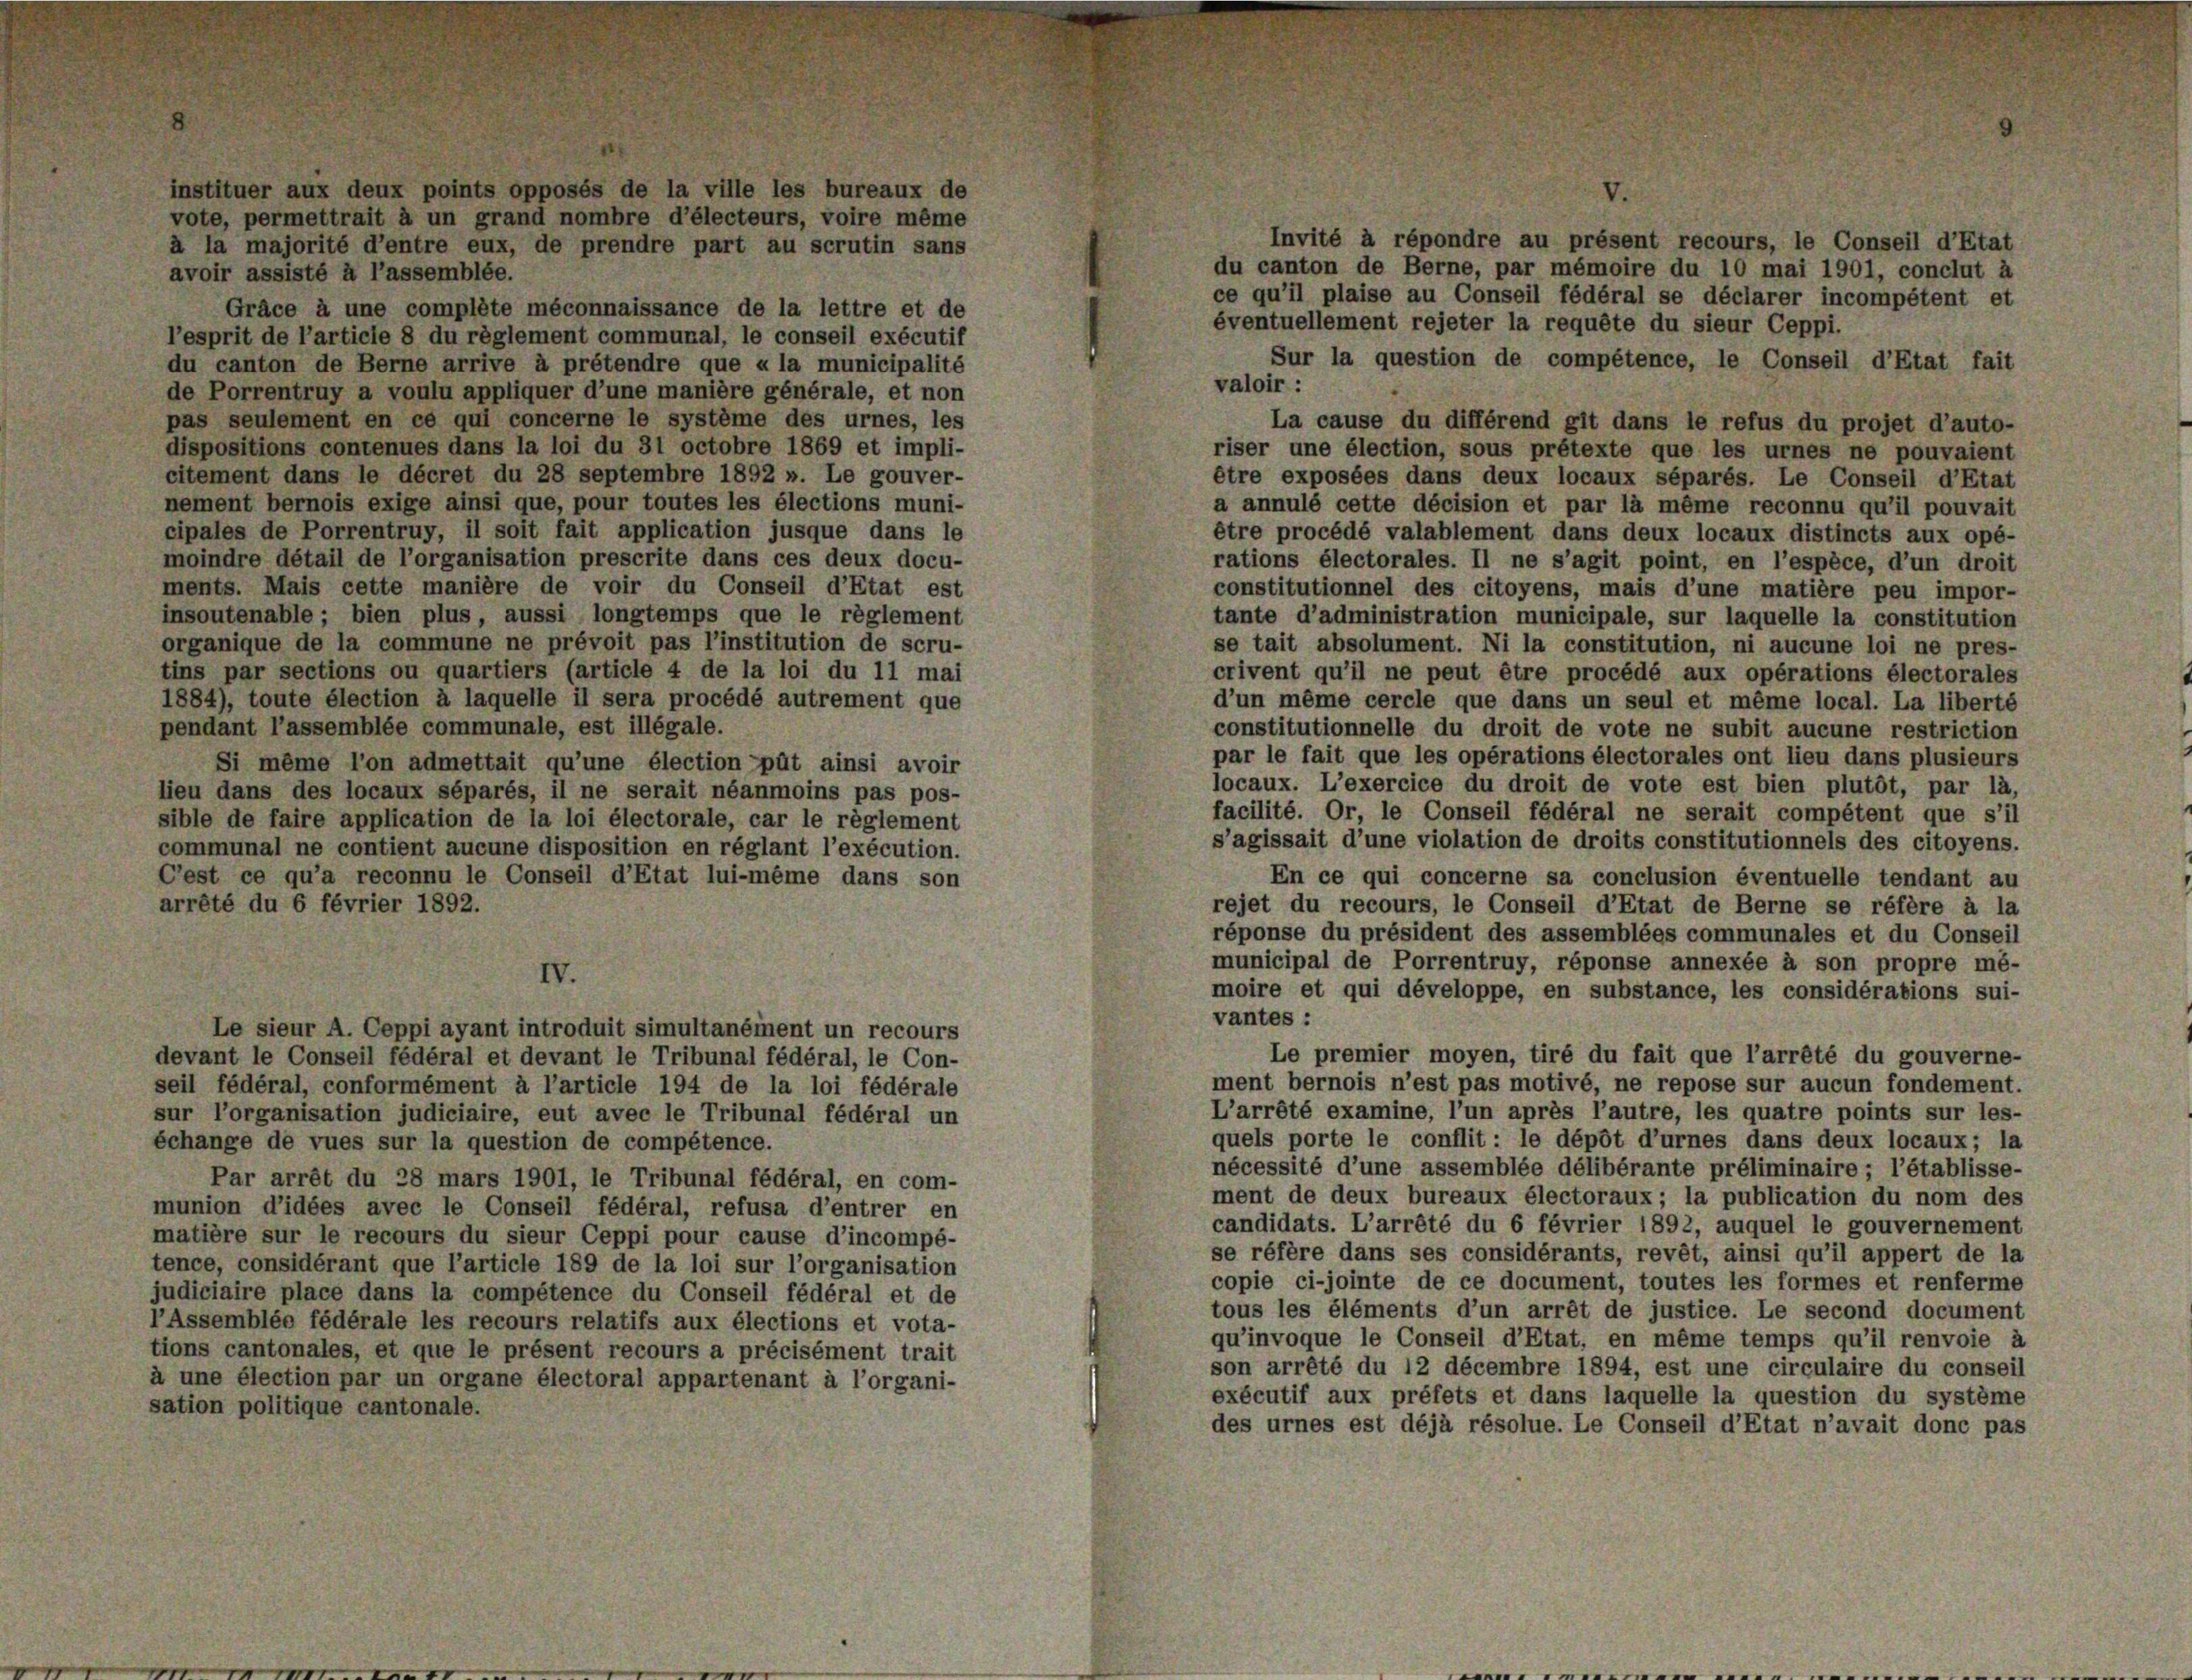
instituer aux deux points opposés de la ville les bureaux de
vote, permettrait à un grand nombre d’électeurs, voire même
à la majorité d’entre eux, de prendre part au scrutin sans
avoir assisté à l’assemblée.
Gräce à une complete méconnaissance de la lettre et de
l’esprit de l’article 8 du règlement communal, le conseil exécutif
du canton de Berne arrive à prétendre que « la municipalité
de Porrentruy a voulu appliquer d’une manière générale, et non
pas seulement en ce qui concerne le système des urnes, les
dispositions contenues dans la loi du 31 octobre 1869 et impli-
citement dans le décret du 28 septembre 1892 ». Le gouver-
nement bernois exige ainsi que, pour toutes les élections muni-
cipales de Porrentruy, il soit fait application jusque dans le
moindre détail de l’organisation prescrite dans ces deux docu-
ments. Mais cette manière de voir du Conseil d’Etat est
insoutenable; bien plus, aussi longtemps que le règlement
organique de la commune ne prévoit pas l’institution de scru-
tins par sections ou quartiers (article 4 de la loi du 11 mai
1884), toute élection à laquelle il sera procédé autrement que
pendant l’assemblée communale, est illégale.
Si même l’on admettait qu’une élection pût ainsi avoir
lieu dans des locaux séparés, il ne serait néanmoins pas pos-
sible de faire application de la loi électorale, car le règlement
communal ne contient aucune disposition en réglant l’exécution.
C’est ce qu’a reconnu le Conseil d’Etat lui-même dans son
arrété du 6 février 1892.

Le sieur A. Ceppi ayant introduit simultanément un recours
devant le Conseil fédéral et devant le Tribunal fédéral, le Con-
seil fédéral, conformément à l’article 194 de la loi fédérale
sur l’organisation judiciaire, eut avec le Tribunal fédéral un
échange de vues sur la question de compétence.
Par arrêt du 28 mars 1901, le Tribunal fédéral, en com-
munion d’idées avec le Conseil fédéral, refusa d’entrer en
matière sur le recours du sieur Ceppi pour cause d’incompé-
tence, considérant que l’article 189 de la loi sur l’organisation
judiciaire place dans la compétence du Conseil fédéral et de
l’Assemblée fédérale les recours relatifs aux élections et vota-
tions cantonales, et que le présent recours a précisément trait
à une élection par un organe électoral appartenant à l’organi-
sation politique cantonale.

Invité à répondre au présent recours, le Conseil d’Etat
du canton de Berne, par mémoire du 10 mai 1901, conclut à
ce qu’il plaise au Conseil fédéral se déclarer incompétent et
éventuellement rejeter la requête du sieur Ceppi.
Sur la question de compétence, le Conseil d’Etat fait
valoir :
La cause du différend git dans le refus du projet d’auto-
riser une élection, sous prétexte que les urnes ne pouvaient
être exposées dans deux locaux séparés. Le Conseil d’Etat
a annulé cette décision et par là même reconnu qu’il pouvait
être procédé valablement dans deux locaux distincts aux opé-
rations électorales. Il ne s’agit point, en l’espèce, d’un droit
constitutionnel des citoyens, mais d’une matière peu impor-
tante d’administration municipale, sur laquelle la constitution
se tait absolument. Ni la constitution, ni aucune loi ne pres-
crivent qu’il ne peut être procédé aux opérations électorales
d’un même cercle que dans un seul et même local. La liberté
constitutionnelle du droit de vote ne subit aucune restriction
par le fait que les opérations électorales ont lieu dans plusieurs
locaux. L’exercice du droit de vote est bien plutôt, par là,
facilité. Or, le Conseil fédéral ne serait compétent que s’il
s’agissait d’une violation de droits constitutionnels des citoyens.
En ce qui concerne sa conclusion éventuelle tendant au
rejet du recours, le Conseil d’Etat de Berne se réfère à la
réponse du président des assemblées communales et du Conseil
municipal de Porrentruy, réponse annexée à son propre mé-
moire et qui développe, en substance, les considérations sui-
vantes:
Le premier moyen, tiré du fait que l’arrêté du gouverne-
ment bernois n’est pas motivé, ne repose sur aucun fondement.
L’arrêté examine, l’un après l’autre, les quatre points sur les-
quels porte le conflit: le dépôt d’urnes dans deux locaux; la
nécessité d’une assemblée délibérante préliminaire ; l’établisse-
ment de deux bureaux électoraux; la publication du nom des
candidats. L’arrêté du 6 février 1892, auquel le gouvernement
se réfère dans ses considérants, revêt, ainsi qu’il appert de la
copie ci-jointe de ce document, toutes les formes et renferme
tous les éléments d’un arrêt de justice. Le second document
qu’invoque le Conseil d’Etat, en même temps qu’il renvoie à
son arrêté du 12 décembre 1894, est une circulaire du conseil
exécutif aux préfets et dans laquelle la question du système
des urnes est déjà résolue. Le Conseil d’Etat n’avait donc pas